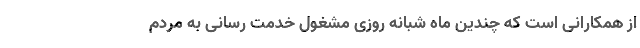
از همکارانی است که چندین ماه شبانه روزی مشغول خدمت رسانی به مردم